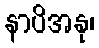
နာပိအနု၊